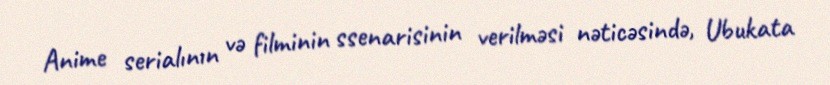
Anime serialının və filminin ssenarisinin verilməsi nəticəsində, Ubukata